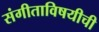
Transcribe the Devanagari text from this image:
संगीताविषयीची